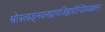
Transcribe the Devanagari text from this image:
श्रोत्रत्वङ्नयनघ्राणजिह्वाधीन्द्रियपञ्चकम्।